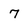
Character: 7